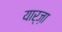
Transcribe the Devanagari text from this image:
यार्ज़ा